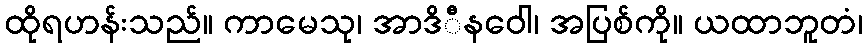
ထိုရဟန်းသည်။ ကာမေသု၊ အာဒိီနဝေါ၊ အပြစ်ကို။ ယထာဘူတံ၊